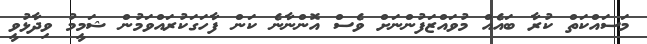
މަސައްކަތް ކުރާ ބައެއް މުވައްޒަފުންނަށް ވެސް އޮންނާނެ ކަން ފާހަގަކުރައްވަމުން ޝަމީމު ވިދާޅުވީ